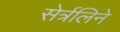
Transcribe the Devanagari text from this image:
सेर्त्रलिने